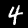
Digit: 4